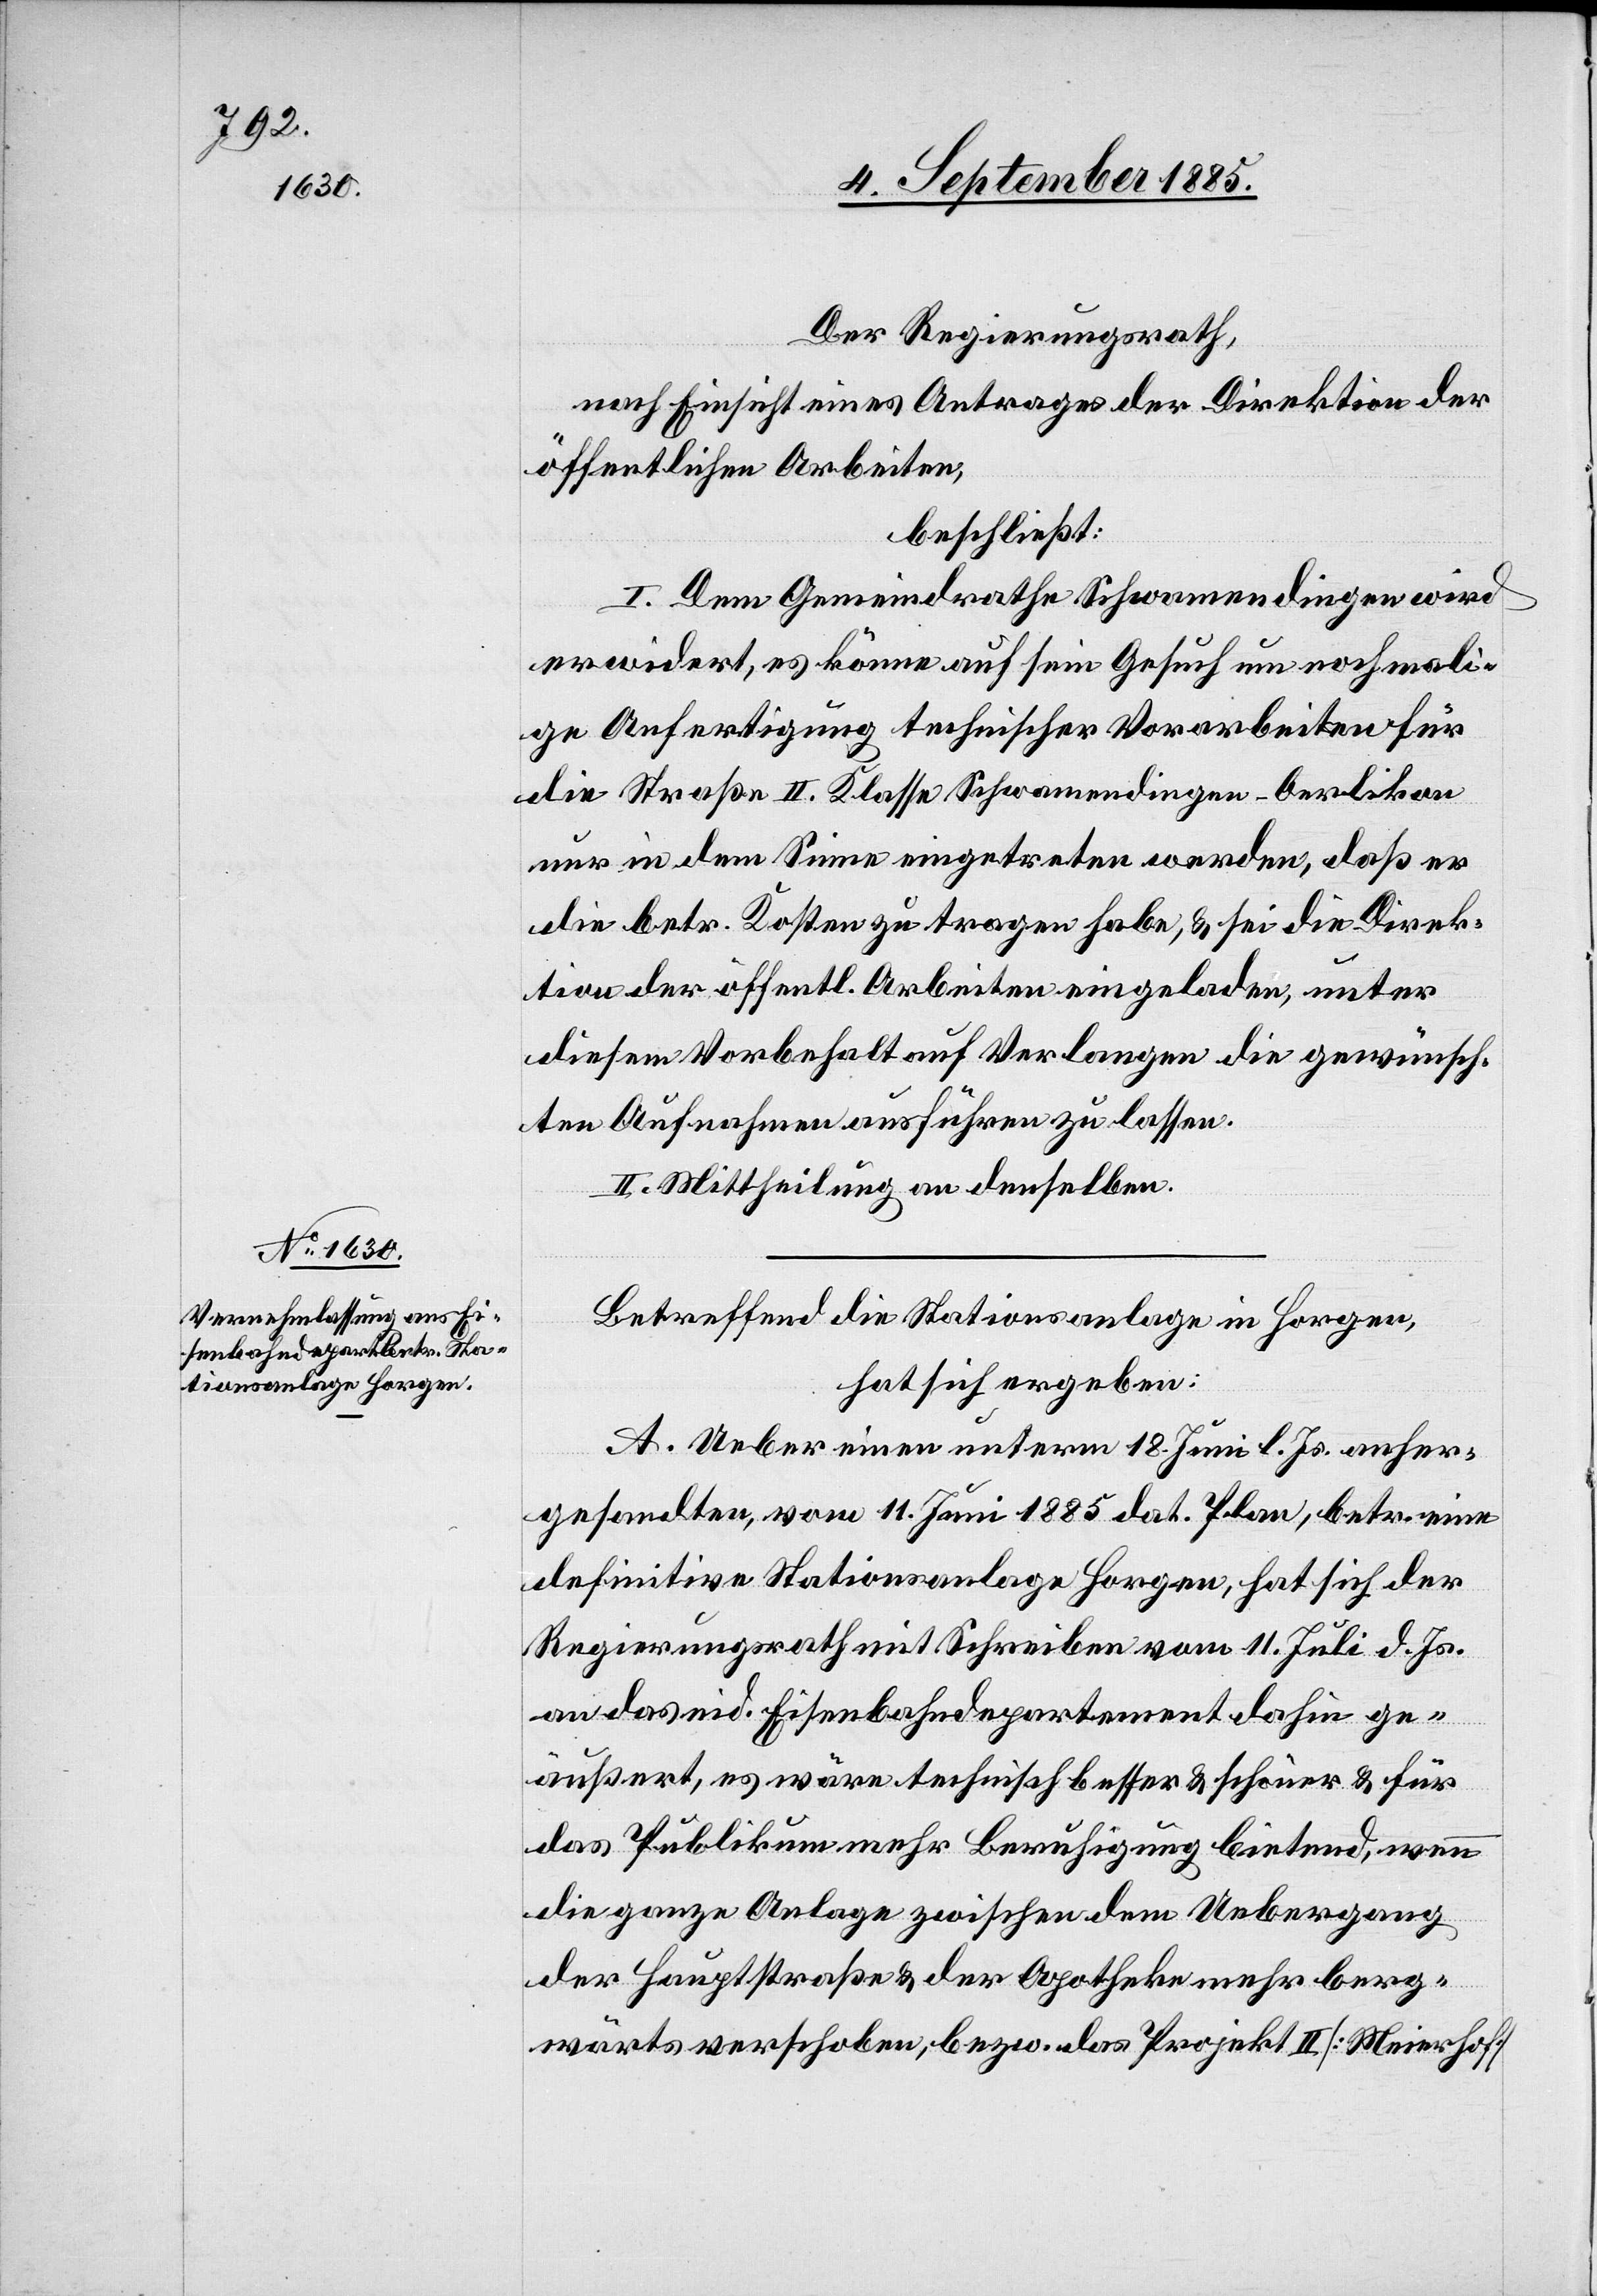
Der Regierungsrath,
nach Einsicht eines Antrages der Direktion der
öffentlichen Arbeiten,
beschließt:
I. Dem Gemeindrathe Schwamendingen wird
erwidert, es könne auf sein Gesuch um nochmali¬
ge Anfertigung technischer Vorarbeiten für
die Straße II. Klasse Schwamendingen–Oerlikon
nur in dem Sinne eingetreten werden, daß er
die betr. Kosten zu tragen habe, & sei die Direk¬
tion der öffentl. Arbeiten eingeladen, unter
diesem Vorbehalt auf Verlangen die gewünsch¬
ten Aufnahmen ausführen zu lassen.
II. Mittheilung an denselben.
Betreffend die Stationsanlage in Horgen,
hat sich ergeben:
A. Ueber einen unterm 18. Juni l. Js. anher¬
gesandten, vom 11. Juni 1885 dat. Plan, betr. eine
definitive Stationsanlage Horgen, hat sich der
Regierungsrath mit Schreiben vom 11. Juli d. Js.
an das eid. Eisenbahndepartement dahin ge¬
äußert, es wäre technisch besser & schöner & für
das Publikum mehr Beruhigung bietend, wenn
die ganze Anlage zwischen dem Uebergang
der Hauptstraße & der Apotheke mehr berg¬
wärts verschoben, bezw. das Projekt II [Meierhof]